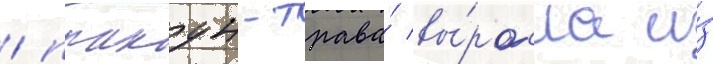
/ плакун-трава́ вы́росла и́з